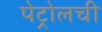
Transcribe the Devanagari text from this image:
पेट्रोलची